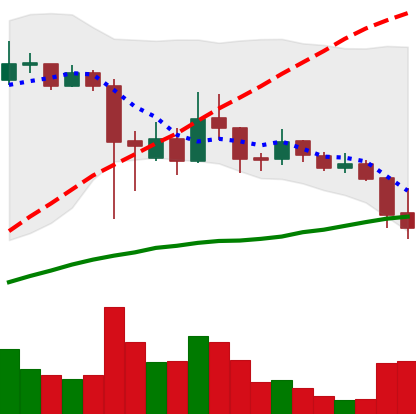
Ticker: ADA-USD
Chart end date: 2021-09-21
Forward return: 11.146%
Label: up_7plus